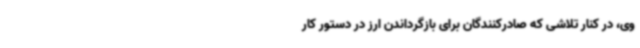
وی، در کنار تلاشی که صادرکنندگان برای بازگرداندن ارز در دستور کار